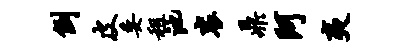
倒皮委租池衮鼎阿夷